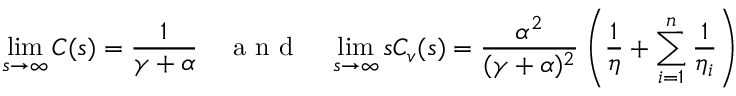
\operatorname* { l i m } _ { s \to \infty } C ( s ) = \frac { 1 } { \gamma + \alpha } \quad \mathrm { ~ a ~ n ~ d ~ } \quad \operatorname* { l i m } _ { s \to \infty } s C _ { v } ( s ) = \frac { \alpha ^ { 2 } } { ( \gamma + \alpha ) ^ { 2 } } \left( \frac { 1 } { \eta } + \sum _ { i = 1 } ^ { n } \frac { 1 } { \eta _ { i } } \right)